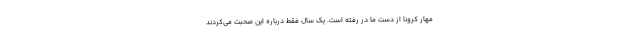
مهار کرونا از دست ما در رفته است. یک سال فقط درباره این صحبت می‌کردند